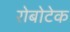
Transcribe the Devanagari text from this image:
रोबोटेक